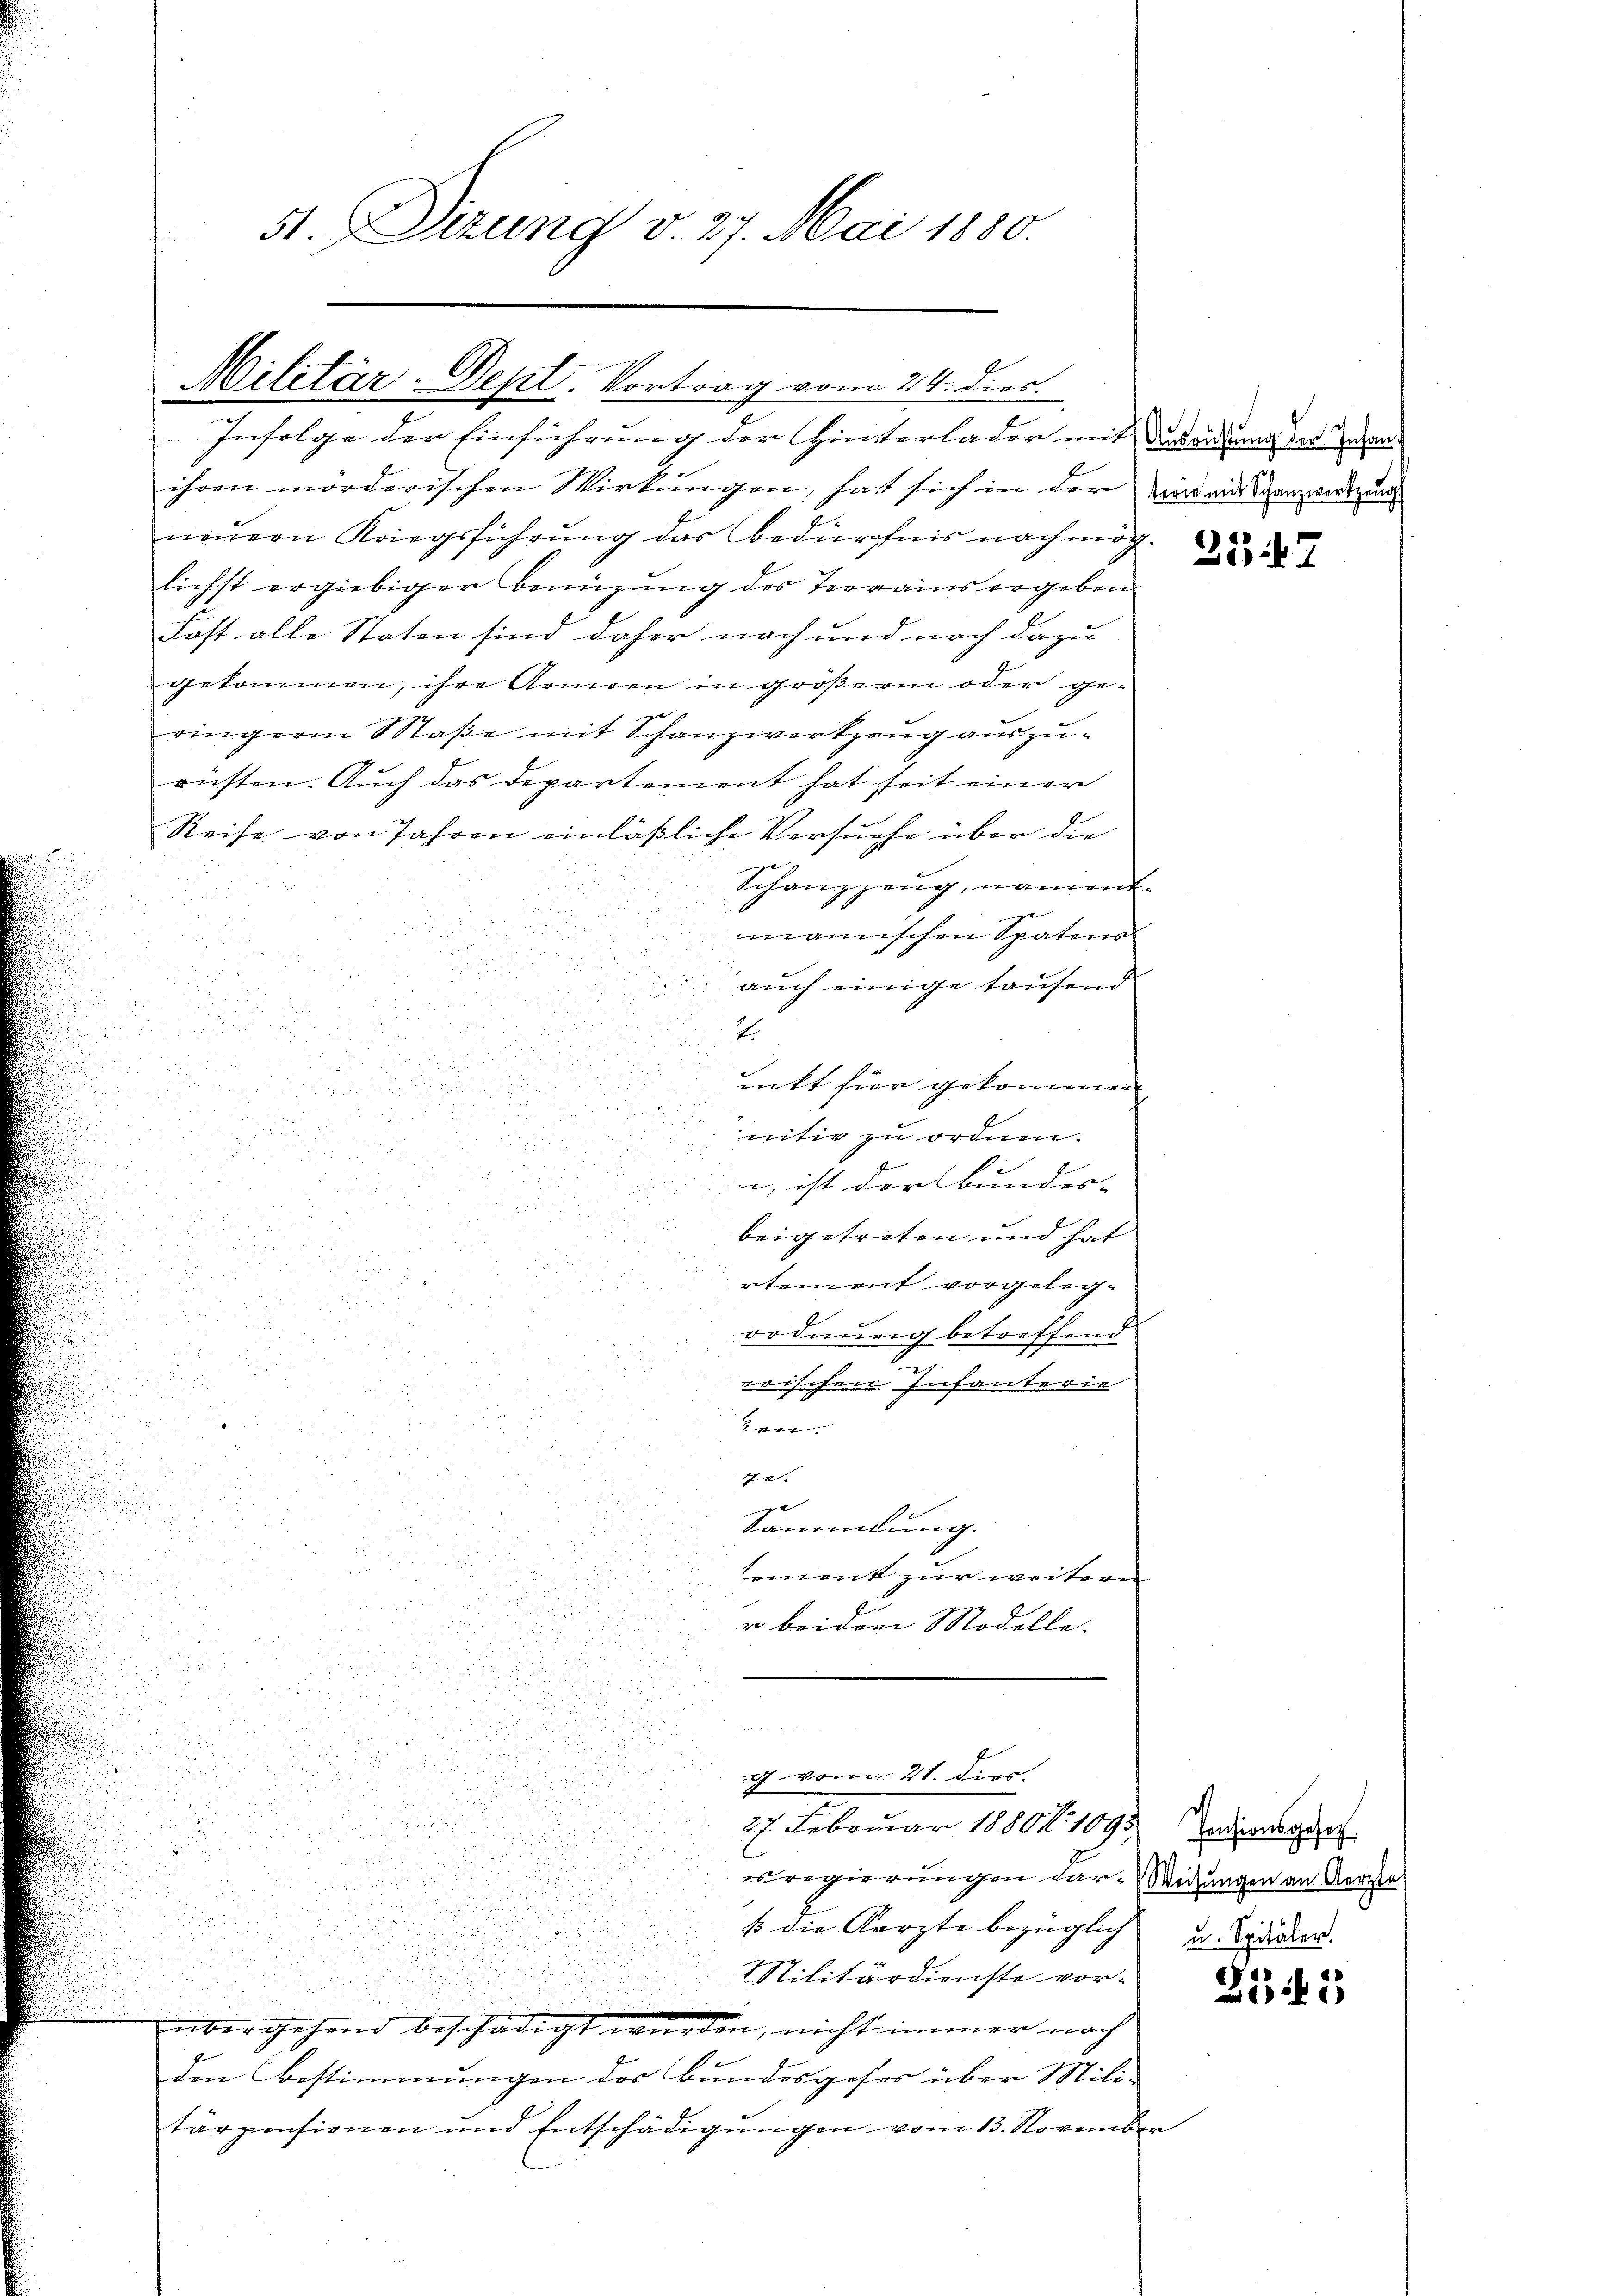
Militär-Dept. Vortrag vom 24. dies

st. Dizung v. 27. Mai 1880.

Infolge der Einführung der Hinterlader mit der andung der Beenihren mörderischen Wirkungen, hat sich in der war mit Ganzwertun
neuern Kriegsführung das Bedürfnis nach mög-
lichst ergiebiger Bemühung des Terrains ergeben
Fast alle Staten sind daher nach und noch dazu
gekommen, ihre können in größerm oder ge-
ringern Staße mit Schanzwerkzeug auszurüsten. Auch das Departement hat seit einer
Reise von Jahren einläßliche Versuche über die
Schanzzeug, nament.
manischen Spatens
u
auch einige taufend
5

7.

.

unkt für gekommen

und

nitiv zu ordnen.

d
u
8

555
n, ist der Bunder- |
8
i
.

beigetreten und hat
1552

¬
rtement vorgelega
u
ordnung betreffend
wrischen Infanterie
e
14
g
Sammlung.
.
ement zur weitern
u
r beider Modelle.

u
regierungen dar. Weisungen an Aerzte
s die Karzte bezüglich u. Bedien
Militärdienste vor-
übergehend beschädigt wurden, nicht immer noch
den Bestimmungen des Bundesgeses über Militärpensionen und Entschädigungen vom 13. November

c vom 21. dies
27. Februar 1880. 1095. Indionsger

2547

Zidi